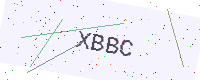
Text: XBBC